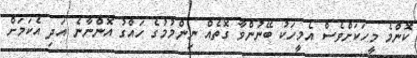
ކޮންމެ މީހަކަށްވެސް އެމީހަކު ބޭނުންވާ ގޮތެއް ނިންމުމުގެ ހައްގު އޮންނާނެ އަދި އެކަމަށް